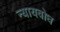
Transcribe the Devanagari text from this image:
न्यायबोध